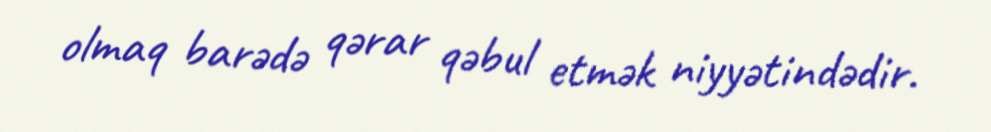
olmaq barədə qərar qəbul etmək niyyətindədir.